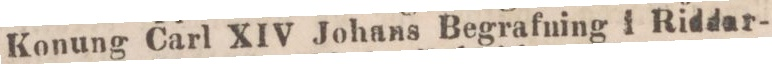
Konung Carl XIV Johans Begrafning i Riddar-